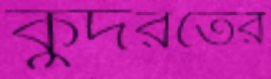
কুদরতের